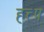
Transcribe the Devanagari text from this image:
ह्त्त्प